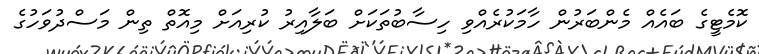
ކޮމެޓީގެ ބައެއް މެންބަރުން ހާމަކުރެއްވި ހިސާބުތަކަށް ބަލާއިރު ކުރިއަށް މިއޮތް ތިން މަސްދުވަހުގެ